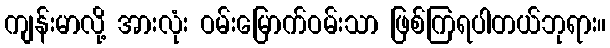
ကျန်းမာလို့ အားလုံး ဝမ်းမြောက်ဝမ်းသာ ဖြစ်ကြရပါတယ်ဘုရား။